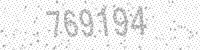
Solution: 769194